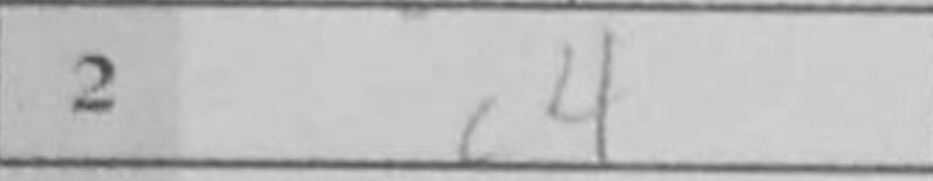
Transcription: c4